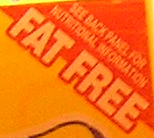
FAT FREE